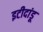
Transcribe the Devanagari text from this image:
इटीदांडू